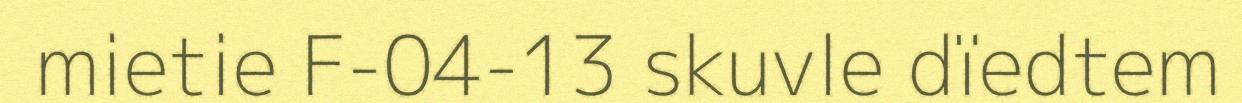
mietie F-04-13 skuvle dïedtem